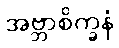
အဗ္ဘာစိက္ခနံ